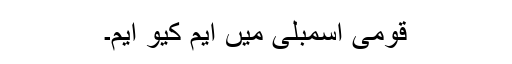
قومی اسمبلی میں ایم کیو ایم۔